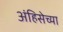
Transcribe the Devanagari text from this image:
अंहिसेच्या